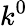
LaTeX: k^{0}